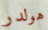
هولدر